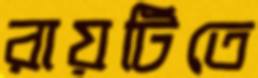
রায়টিতে